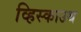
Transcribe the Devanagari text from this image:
व्हिस्काउथ